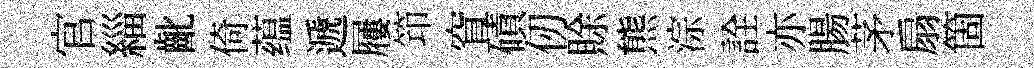
官緇齔倚蕴遞屨笻窅磧仞賖熊淙詮亦腸茅扇箇